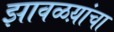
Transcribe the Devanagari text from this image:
झावळय़ांचा